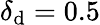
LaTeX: \delta_{\mathrm{d}}=0.5